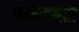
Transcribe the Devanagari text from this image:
कर्मणयता